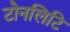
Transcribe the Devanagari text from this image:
टोनलिटि